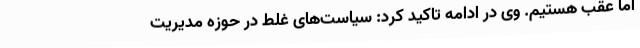
اما عقب هستیم. وی در ادامه تاکید کرد: سیاست‌های غلط در حوزه مدیریت